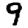
Digit: 9